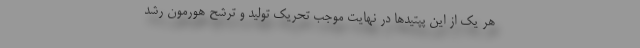
هر یک از این پپتیدها در نهایت موجب تحریک تولید و ترشح هورمون رشد